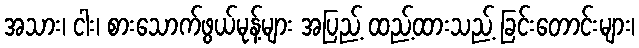
အသား၊ ငါး၊ စားသောက်ဖွယ်မုန့်များ အပြည့် ထည့်ထားသည့် ခြင်းတောင်းများ၊